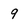
Character: 9